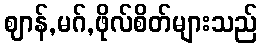
ဈာန်,မဂ်,ဖိုလ်စိတ်များသည်